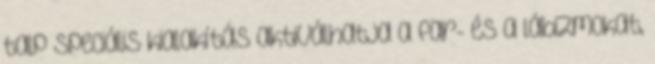
talp speciális kialakítás aktiválhatja a far- és a lábizmokat,